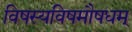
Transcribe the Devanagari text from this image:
विषस्यविषमौषधम्‌